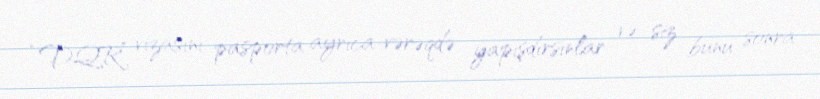
“DQR” vizasını pasporta ayrıca vərəqdə yapışdırsınlar və siz bunu sonra